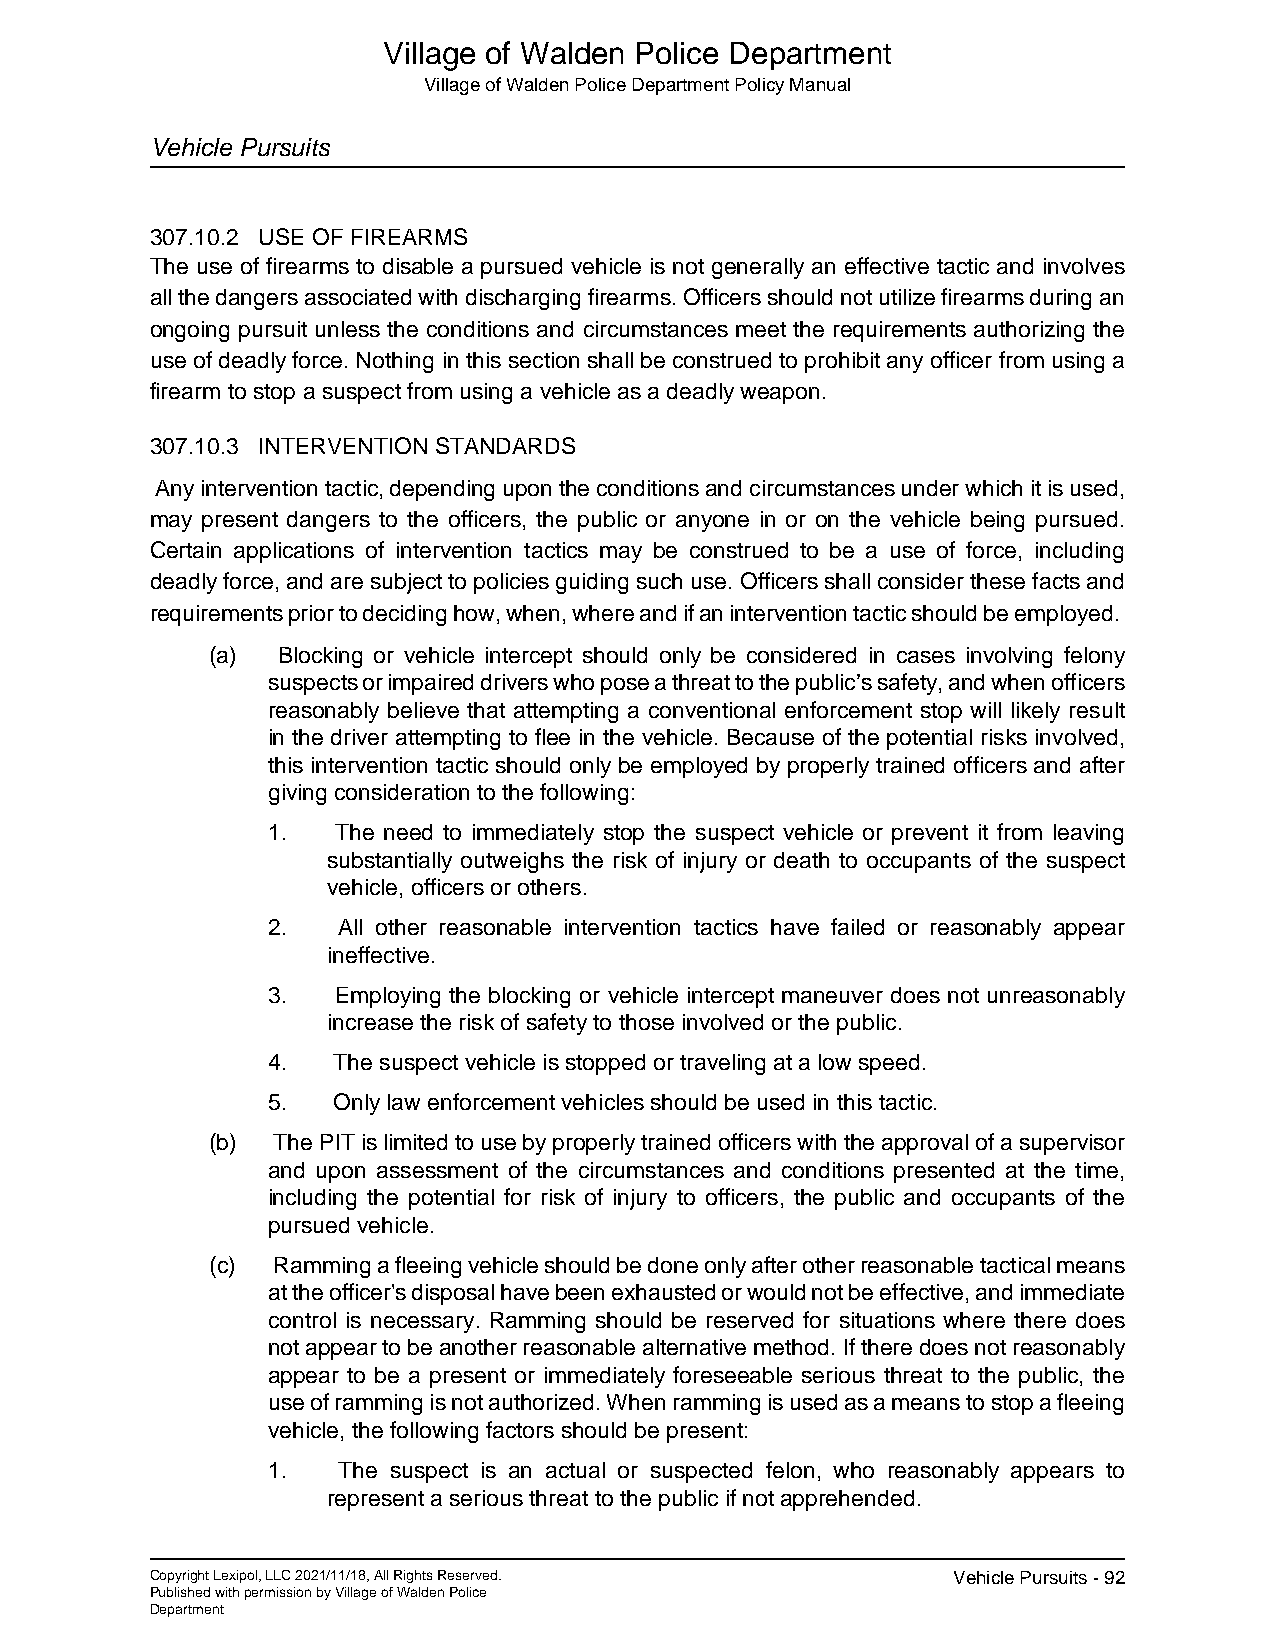
Village of Walden Police Department
 Village of Walden Police Department Policy Manual
 Vehicle Pursuits
 307.10.2 USE OF FIREARMS
 The use of firearms to disable a pursued vehicle is not generally an effective tactic and involves
 all the dangers associated with discharging firearms. Officers should not utilize firearms during an
 ongoing pursuit unless the conditions and circumstances meet the requirements authorizing the
 use of deadly force. Nothing in this section shall be construed to prohibit any officer from using a
 firearm to stop a suspect from using a vehicle as a deadly weapon.
 307.10.3 INTERVENTION STANDARDS
 Any intervention tactic, depending upon the conditions and circumstances under which it is used,
 may present dangers to the officers, the public or anyone in or on the vehicle being pursued.
 Certain applications of intervention tactics may be construed to be a use of force, including
 deadly force, and are subject to policies guiding such use. Officers shall consider these facts and
 requirements prior to deciding how, when, where and if an intervention tactic should be employed.
 (a) Blocking or vehicle intercept should only be considered in cases involving felony
 suspects or impaired drivers who pose a threat to the public’s safety, and when officers
 reasonably believe that attempting a conventional enforcement stop will likely result
 in the driver attempting to flee in the vehicle. Because of the potential risks involved,
 this intervention tactic should only be employed by properly trained officers and after
 giving consideration to the following:
 1.  The need to immediately stop the suspect vehicle or prevent it from leaving
 substantially outweighs the risk of injury or death to occupants of the suspect
 vehicle, officers or others.
 2.  All other reasonable intervention tactics have failed or reasonably appear
 ineffective.
 3.  Employing the blocking or vehicle intercept maneuver does not unreasonably
 increase the risk of safety to those involved or the public.
 4.  The suspect vehicle is stopped or traveling at a low speed.
 5.  Only law enforcement vehicles should be used in this tactic.
 (b) The PIT is limited to use by properly trained officers with the approval of a supervisor
 and upon assessment of the circumstances and conditions presented at the time,
 including the potential for risk of injury to officers, the public and occupants of the
 pursued vehicle.
 (c) Ramming a fleeing vehicle should be done only after other reasonable tactical means
 at the officer's disposal have been exhausted or would not be effective, and immediate
 control is necessary. Ramming should be reserved for situations where there does
 not appear to be another reasonable alternative method. If there does not reasonably
 appear to be a present or immediately foreseeable serious threat to the public, the
 use of ramming is not authorized. When ramming is used as a means to stop a fleeing
 vehicle, the following factors should be present:
 1.  The suspect is an actual or suspected felon, who reasonably appears to
 represent a serious threat to the public if not apprehended.
 Copyright Lexipol, LLC 2021/11/18, All Rights Reserved. Vehicle Pursuits - 92
 Published with permission by Village of Walden Police
 Department